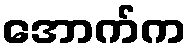
အောက်က